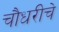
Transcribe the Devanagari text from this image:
चौधरीचे